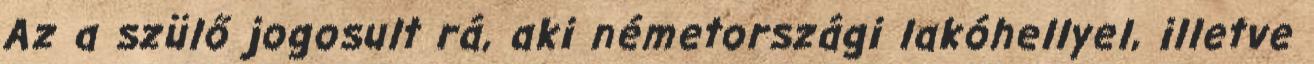
Az a szülő jogosult rá, aki németországi lakóhellyel, illetve